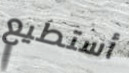
أستطيع